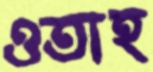
ওতাহ